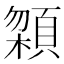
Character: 𩓬